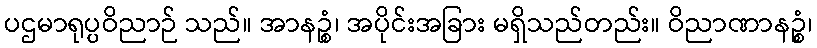
ပဌမာရုပ္ပဝိညာဉ် သည်။ အာနဉ္စံ၊ အပိုင်းအခြား မရှိသည်တည်း။ ဝိညာဏာနဉ္စံ၊